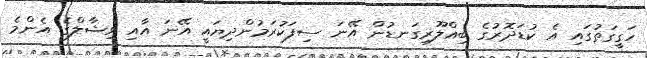
ހަގީގަތުގައި އެ ކުޑަދޮރުގެ ބިއްލޫރިގަނޑުން އޭނަ ސިފަކުރަމުންދިޔައީ އޭނަ އާއި ވިޝާލްގެ އެންމެ